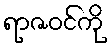
ရာဇဝင်ကို